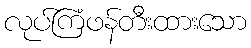
လုပ်ကြံဖန်တီးထားသော